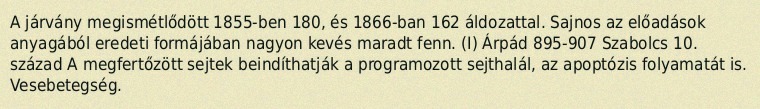
A járvány megismétlődött 1855-ben 180, és 1866-ban 162 áldozattal. Sajnos az előadások anyagából eredeti formájában nagyon kevés maradt fenn. (I) Árpád 895-907 Szabolcs 10. század A megfertőzött sejtek beindíthatják a programozott sejthalál, az apoptózis folyamatát is. Vesebetegség.